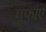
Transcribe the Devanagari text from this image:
गुफांए